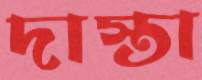
দাস্তা